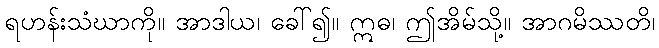
ရဟန်းသံဃာကို။ အာဒါယ၊ ခေါ်၍။ ဣဓ၊ ဤအိမ်သို့။ အာဂမိဿတိ၊